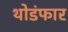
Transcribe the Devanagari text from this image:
थोडंफार